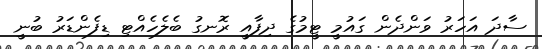
ސާދަ އަހަރު ވަންދެން ގައުމީ ޓީމުގެ ދިފާއީ ރޮނގު ބެލެހެއްޓި ޑިފެންޑަރު ބުނީ